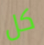
كل